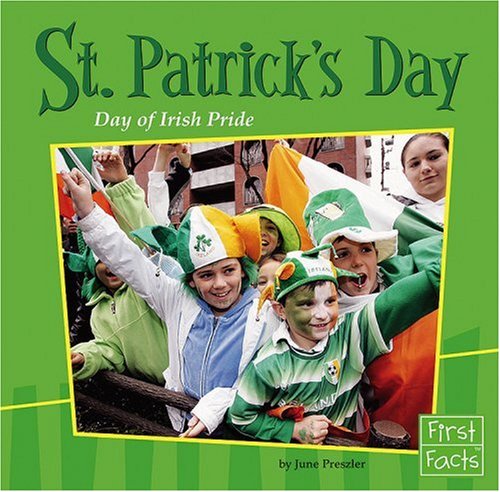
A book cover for St. Patrick's Day: Day of Irish Pride (First Facts: Holidays and Culture); Preszler; Children's Books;